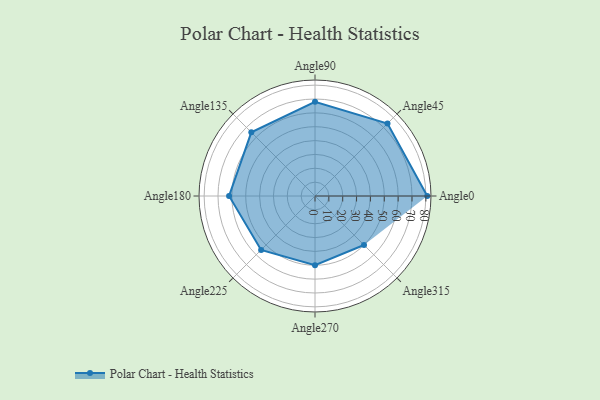
{"axis": {"x": "Angle", "y": "Radius"}, "legend": [""], "data": [{"x": "Angle0", "y": 81.0, "type": ""}, {"x": "Angle45", "y": 74.0, "type": ""}, {"x": "Angle90", "y": 68.0, "type": ""}, {"x": "Angle135", "y": 65.0, "type": ""}, {"x": "Angle180", "y": 62.0, "type": ""}, {"x": "Angle225", "y": 55.0, "type": ""}, {"x": "Angle270", "y": 50, "type": ""}, {"x": "Angle315", "y": 50, "type": ""}]}